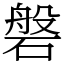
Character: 磐